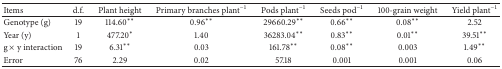
<table><thead><tr><td><b>Items</b></td><td><b>d.f.</b></td><td><b>Plant height</b></td><td><b>Primary branches plant<sup>−1</sup></b></td><td><b>Pods plant<sup>−1</sup></b></td><td><b>Seeds pod<sup>−1</sup></b></td><td><b>100-grain weight</b></td><td><b>Yield plant<sup>−1</sup></b></td></tr></thead><tbody><tr><td>Genotype (g)</td><td>19</td><td>114.60<sup>**</sup></td><td>0.96<sup>**</sup></td><td>29660.29<sup>**</sup></td><td>0.66<sup>**</sup></td><td>0.08<sup>**</sup></td><td>2.52</td></tr><tr><td>Year (y)</td><td>1</td><td>477.20<sup>*</sup></td><td>1.40</td><td>36283.04<sup>**</sup></td><td>0.83<sup>**</sup></td><td>0.01<sup>**</sup></td><td>39.51<sup>**</sup></td></tr><tr><td>g × y interaction</td><td>19</td><td>6.31<sup>**</sup></td><td>0.03</td><td>161.78<sup>**</sup></td><td>0.08<sup>**</sup></td><td>0.003</td><td>1.49<sup>**</sup></td></tr><tr><td>Error</td><td>76</td><td>2.29</td><td>0.02</td><td>57.18</td><td>0.001</td><td>0.001</td><td>0.06</td></tr></tbody></table>